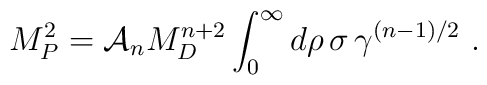
M_P^2 = {\cal A}_n M_D^{n+2} \int_0^\infty d\rho\, \sigma\,         \gamma^{(n-1)/2}~.